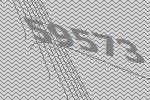
59573